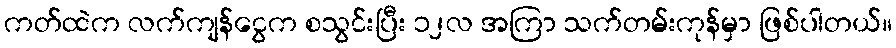
ကတ်ထဲက လက်ကျန်ငွေက စသွင်းပြီး ၁၂လ အကြာ သက်တမ်းကုန်မှာ ဖြစ်ပါတယ်။